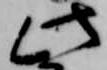
此